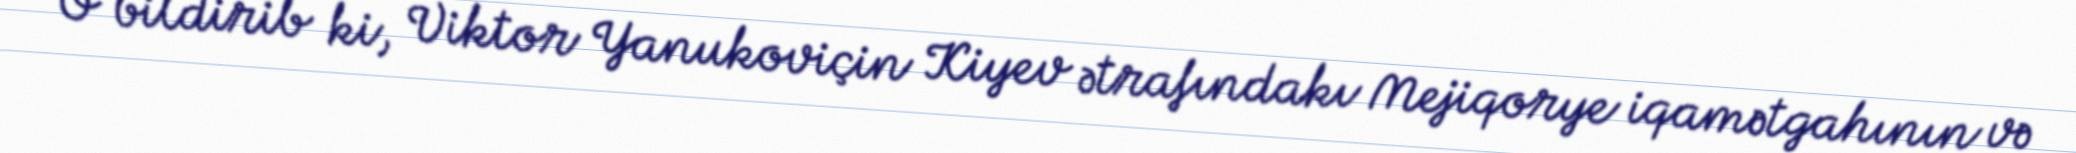
O bildirib ki, Viktor Yanukoviçin Kiyev ətrafındakı Mejiqorye iqamətgahının və